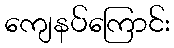
ကျေနပ်ကြောင်း